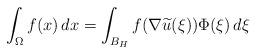
LaTeX: \begin{align*} \int _\Omega f(x)\, dx = \int _{B_{H}} f(\nabla \widetilde u (\xi)) \Phi(\xi)\, d\xi \end{align*}